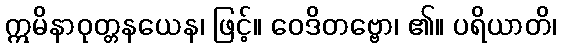
ဣမိနာဝုတ္တနယေန၊ ဖြင့်။ ဝေဒိတဗ္ဗော၊ ၏။ ပရိယာတိ၊